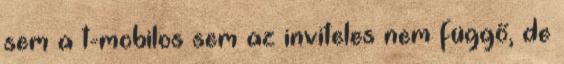
sem a t-mobilos sem az inviteles nem függő, de